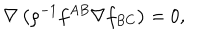
\nabla \left( \rho ^ { - 1 } f ^ { A B } \nabla f _ { B C } \right) = 0 ,